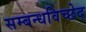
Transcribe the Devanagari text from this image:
सम्बन्धविच्छेद